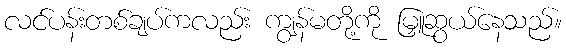
လင်ပန်းတစ်ချပ်ကလည်း ကျွန်မတို့ကို မြှူဆွယ်နေသည်။